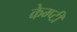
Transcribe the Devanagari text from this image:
केम्प्टी